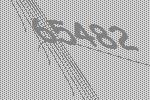
65482